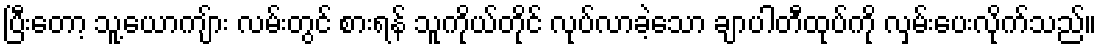
ပြီးတော့ သူ့ယောကျ်ား လမ်းတွင် စားရန် သူကိုယ်တိုင် လုပ်လာခဲ့သော ချာပါတီထုပ်ကို လှမ်းပေးလိုက်သည်။